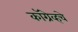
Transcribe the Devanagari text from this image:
कॉग्रेव्हचे